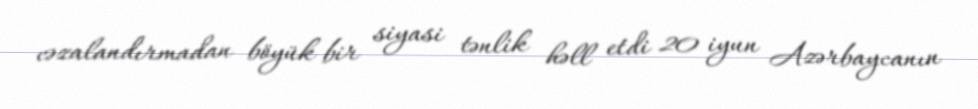
cəzalandırmadan böyük bir siyasi tənlik həll etdi 20 iyun Azərbaycanın